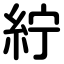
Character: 紵